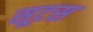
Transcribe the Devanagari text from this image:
सूटस